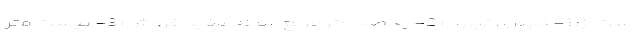
است از: 1- کاربری تجاری؛ 2- یکصد متر مربع سطح مفید فروش؛ 3- بیست متر